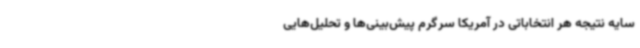
سایه نتیجه هر انتخاباتی در آمریکا سرگرم پیش‌بینی‌ها و تحلیل‌هایی